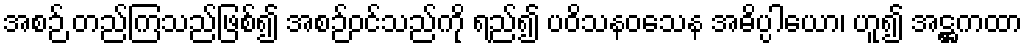
အစဉ် တည်ကြသည်ဖြစ်၍ အစဉ်ဝင်သည်ကို ရည်၍ ပဝိသနဝသေန အဓိပ္ပါယော၊ ဟူ၍ အဋ္ဌကထာ